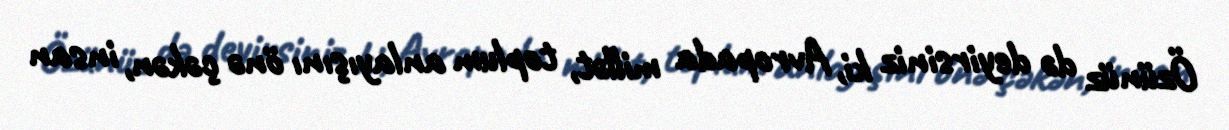
Özünüz də deyirsiniz ki, Avropada millət, toplum anlayışını önə çəkən, insan